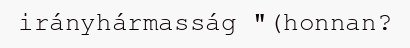
irányhármasság "(honnan?